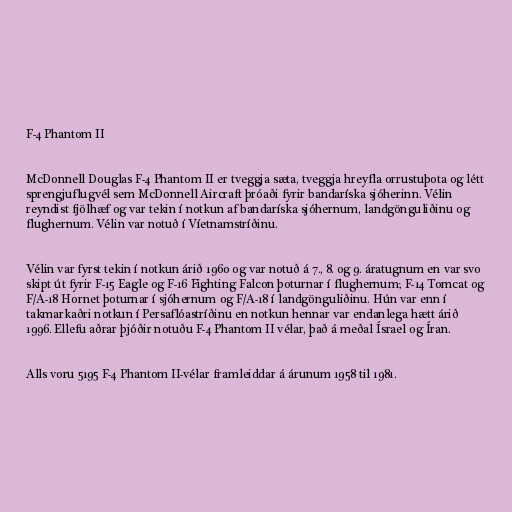
F-4 Phantom II

McDonnell Douglas F-4 Phantom II er tveggja sæta, tveggja hreyfla orrustuþota og létt
sprengjuflugvél sem McDonnell Aircraft þróaði fyrir bandaríska sjóherinn. Vélin
reyndist fjölhæf og var tekin í notkun af bandaríska sjóhernum, landgönguliðinu og
flughernum. Vélin var notuð í Víetnamstríðinu.

Vélin var fyrst tekin í notkun árið 1960 og var notuð á 7., 8. og 9. áratugnum en var svo
skipt út fyrir F-15 Eagle og F-16 Fighting Falcon þoturnar í flughernum; F-14 Tomcat og
F/A-18 Hornet þoturnar í sjóhernum og F/A-18 í landgönguliðinu. Hún var enn í
takmarkaðri notkun í Persaflóastríðinu en notkun hennar var endanlega hætt árið
1996. Ellefu aðrar þjóðir notuðu F-4 Phantom II vélar, það á meðal Ísrael og Íran.

Alls voru 5195 F-4 Phantom II-vélar framleiddar á árunum 1958 til 1981.